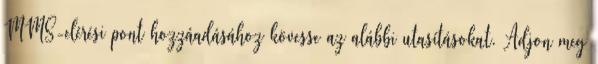
MMS-elérési pont hozzáadásához kövesse az alábbi utasításokat. Adjon meg